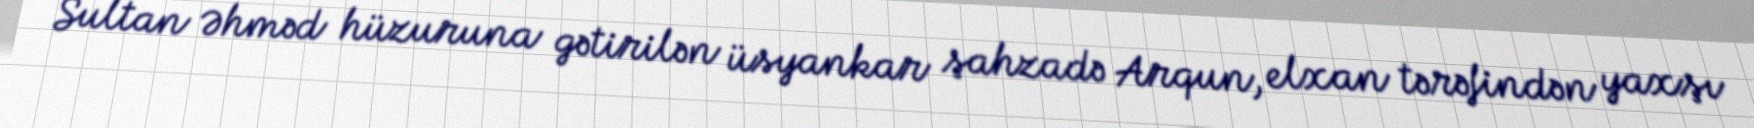
Sultan Əhməd hüzuruna gətirilən üsyankar şahzadə Arqun, elxan tərəfindən yaxşı